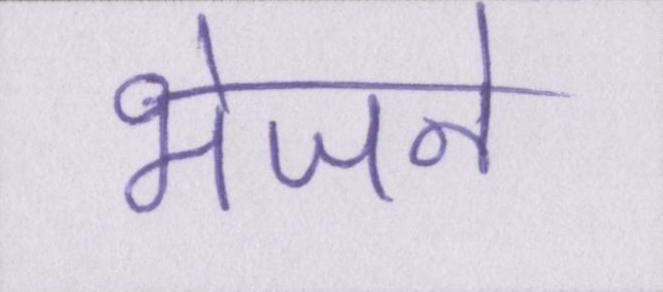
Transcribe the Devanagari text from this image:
भेजने